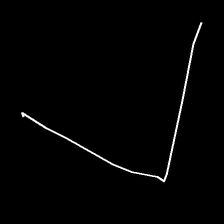
Glyph: region